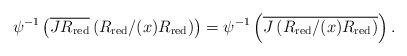
LaTeX: \begin{align*}\psi^{-1}\left(\overline{JR_{\operatorname{red}}}\left(R_{\operatorname{red}}/(x)R_{\operatorname{red}}\right)\right) =\psi^{-1}\left(\overline{J\left(R_{\operatorname{red}}/(x)R_{\operatorname{red}}\right)}\right).\end{align*}